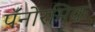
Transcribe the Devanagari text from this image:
पॅनोरमिक